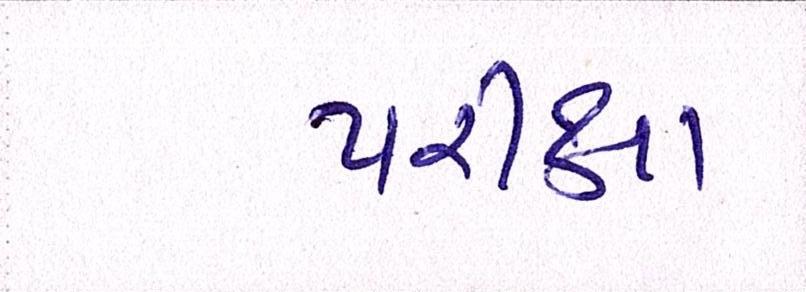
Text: પરીક્ષા